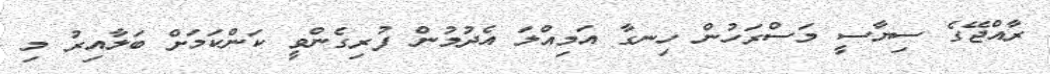
ރާއްޖޭގެ ސިޔާސީ މަސްރަހުން ހިނގާ އަމިއްލަ އެދުމުން ފުރިގެންވީ ކަންކަމަށް ބަލާއިރު މި